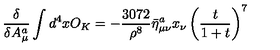
\frac { \delta } { \delta A _ { \mu } ^ { a } } \int d ^ { 4 } x O _ { K } = - \frac { 3 0 7 2 } { \rho ^ { 8 } } \bar { \eta } _ { \mu \nu } ^ { a } x _ { \nu } \left( \frac { t } { 1 + t } \right) ^ { 7 }